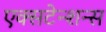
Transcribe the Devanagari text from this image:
एक्सटेन्शन्स